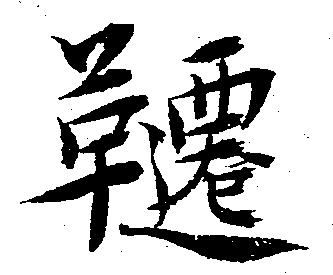
韆